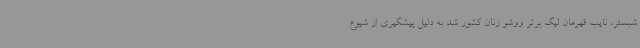
شبستر، نایب قهرمان لیگ برتر ووشو زنان کشور شد به دلیل پیشگیری از شیوع